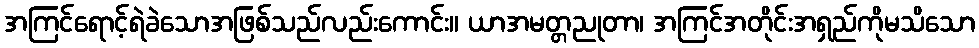
အကြင်ရောင့်ရဲခဲသောအဖြစ်သည်လည်းကောင်း။ ယာအမတ္တညုတာ၊ အကြင်အတိုင်းအရှည်ကိုမသိသော